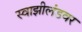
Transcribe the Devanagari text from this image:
स्वाझीलंडवर